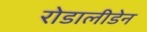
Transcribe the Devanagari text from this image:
रोडालीडेन